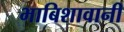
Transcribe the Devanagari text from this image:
भाबिशावानी